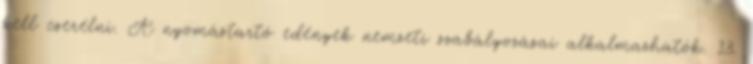
kell cserélni. A nyomástartó edények nemzeti szabályozásai alkalmazhatók. 13.